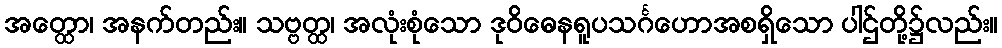
အတ္ထော၊ အနက်တည်း။ သဗ္ဗတ္ထ၊ အလုံးစုံသော ဒုဝိဓေနရူပသင်္ဂဟောအစရှိသော ပါဌ်တို့၌လည်း။